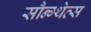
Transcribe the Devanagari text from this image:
सौन्ग्थेव्स